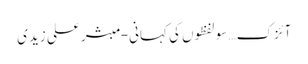
آئزک… سو لفظوں کی کہانی- مبشر علی زیدی